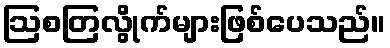
ဩစတြလွိုက်များဖြစ်ပေသည်။